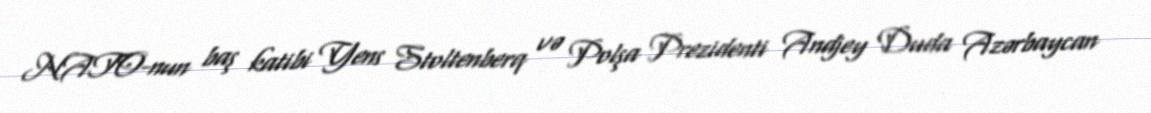
NATO-nun baş katibi Yens Stoltenberq və Polşa Prezidenti Andjey Duda Azərbaycan